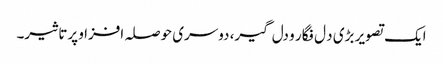
ایک تصویر بڑی د ل فگار و دل گیر، دوسری حوصلہ افزا و پرتاثیر۔